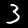
Digit: 3